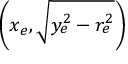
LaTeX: \left( x _ { e } , { \sqrt { y _ { e } ^ { 2 } - r _ { e } ^ { 2 } } } \right)